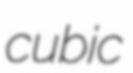
cubic